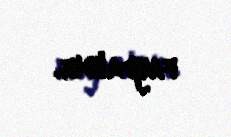
faydalıdır.